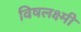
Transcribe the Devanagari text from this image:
विषलक्ष्मी